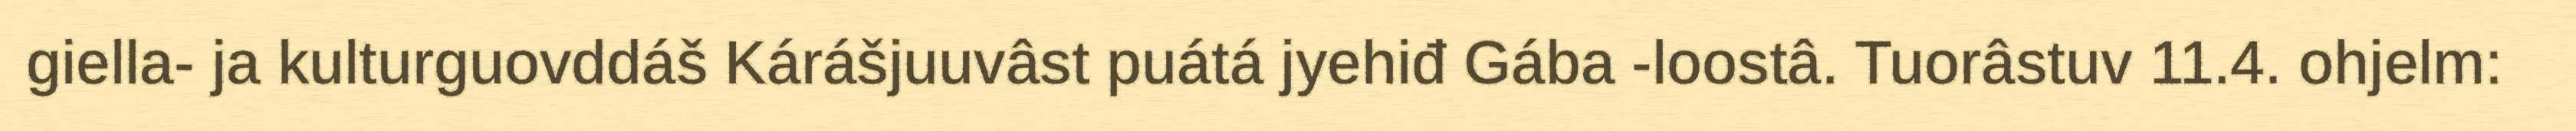
giella- ja kulturguovddáš Kárášjuuvâst puátá jyehiđ Gába -loostâ. Tuorâstuv 11.4. ohjelm: